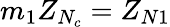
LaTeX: m_{1}Z_{N_{c}}=Z_{N1}